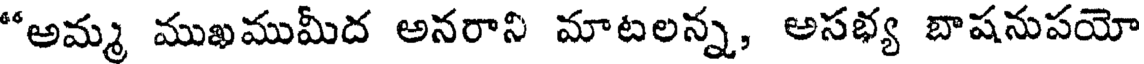
"అమ్మ ముఖముమీద అనరాని మాటలన్న, అసభ్య బాషనుపయో